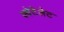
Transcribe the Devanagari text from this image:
क्वेटेलेट